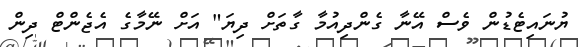
ޔުނައިޓެޑުން ވެސް އޭނާ ގެންދިއުމާ ގާތަށް ދިޔަ" އަށް ނޭމާގެ އެޖެންޓް ދިން